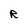
Character: R